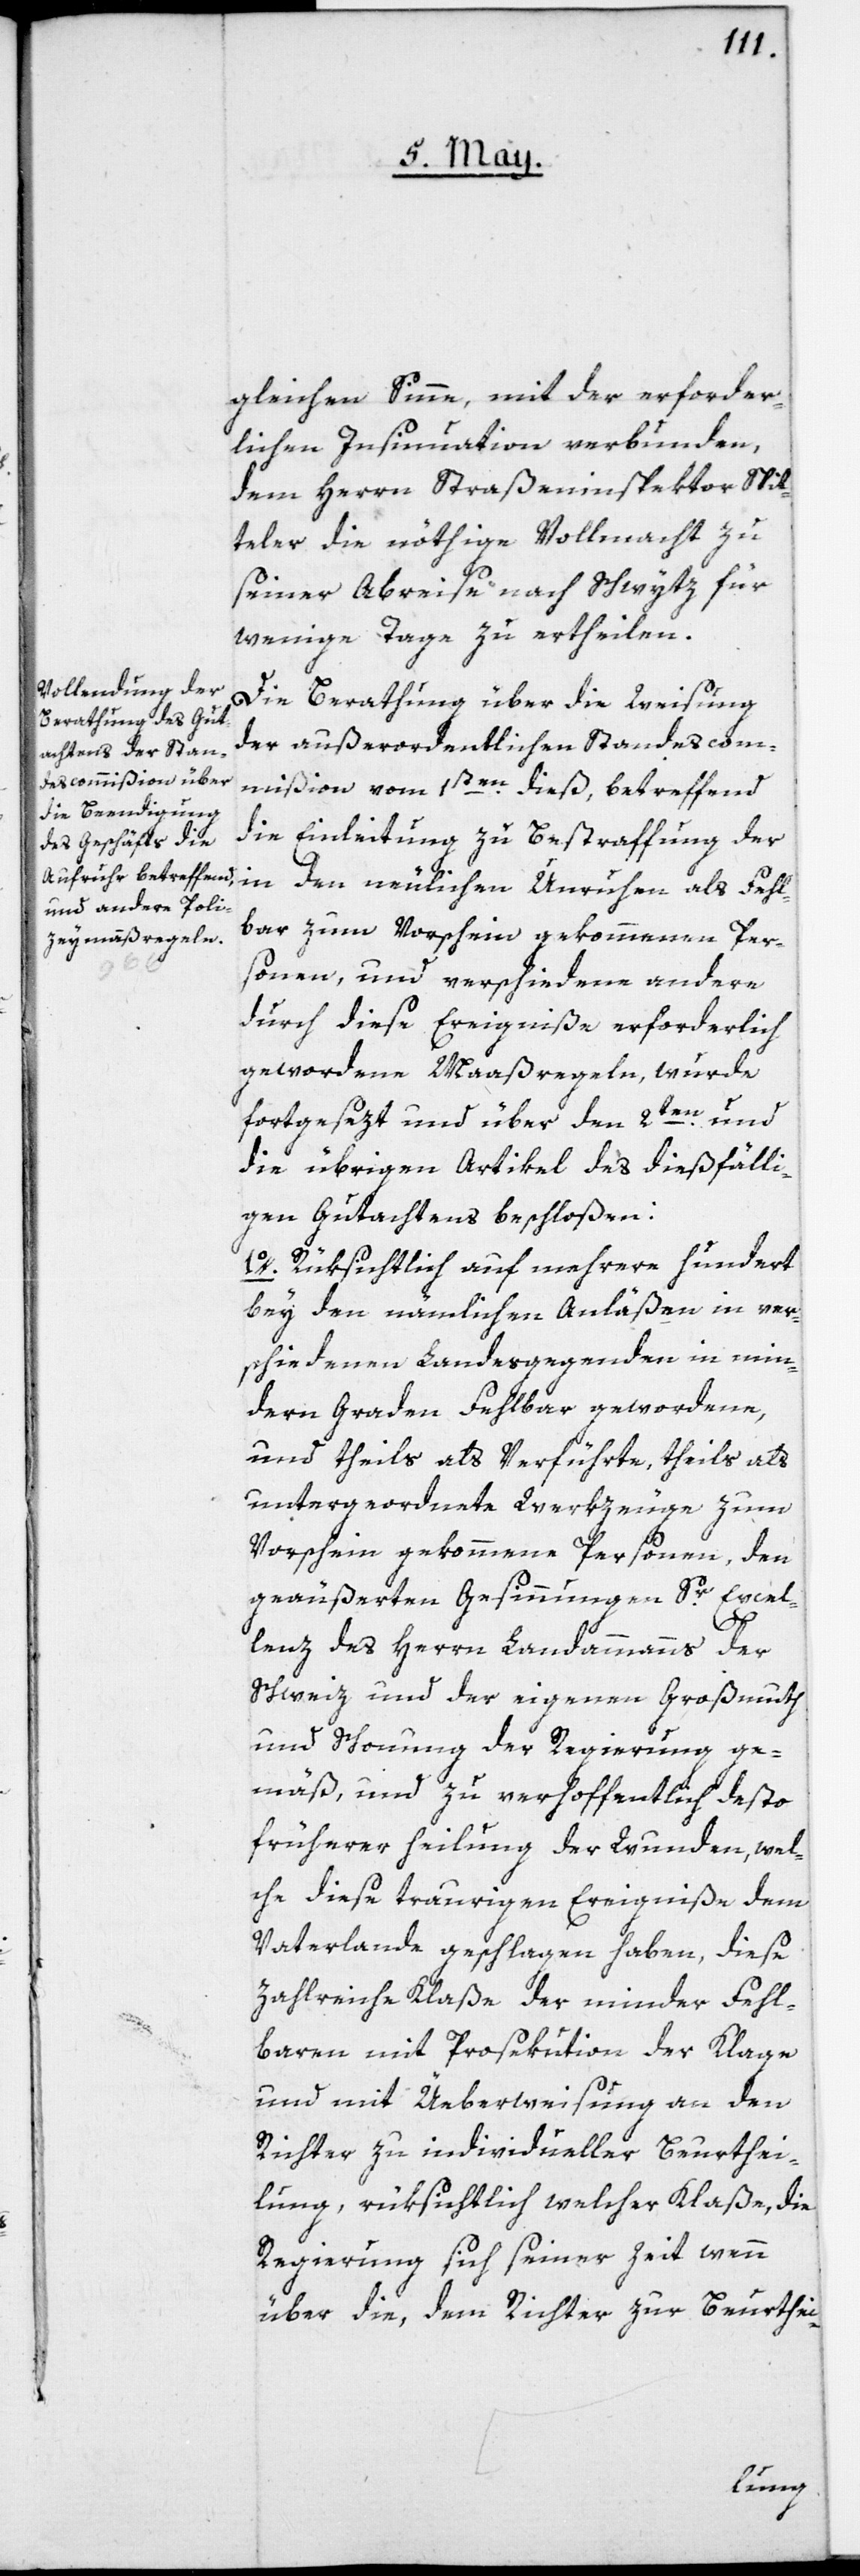
gleichen Sinne mit der erforder¬
lichen Insinuation verbunden,
dem Herrn Straßeninspektor Spit¬
teler die nöthige Vollmacht zu
seiner Abreise nach Schwytz für
wenige Tage zu ertheilen.
Die Berathung über die Weisung
der außerordentlichen Standescom¬
mißion vom 1sten dieß, betreffend
die Einleitung zu Bestraffung der
bar zum Vorschein gekommenen Per¬
sonen, und verschiedene andere
durch diese Ereigniße erforderlich
gewordene Maaßregeln, wurde
fortgesezt und über den 2ten und
die übrigen Artikel des dießfälli¬
gen Gutachtens beschloßen:
1o. Rüksichlich auf mehrere hundert
bey den nämlichen Anläßen in ver¬
schiedenen Landesgegenden in min¬
dern Graden fehlbar Gewordene,
und theils als Verführte, theils als
untergeordnete Werkzeuge zum
Vorschein gekommene Personen, den
geäußerten Gesinnungen Sr Excel¬
fehl¬
lenz des Herrn Landammanns der
Schweiz und der eigenen Großmuth
und Schonung der Regierung ge¬
mäß, und zu verhoffentlich desto
früherer Heilung der Wunden, wel¬
che diese traurigen Ereigniße dem
Vaterlande geschlagen haben, diese
zahlreiche Klaße der minder Fehl¬
baren mit Prosekution der Klage
und mit Üeberweisung an den
Richter zu individueller Beurthei¬
lung, rüksichtlich welcher Klaße, die
Regierung sich seiner Zeit wenn
über die, dem Richter zur Beurthei-